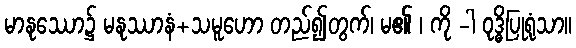
မာနုဿော၌ မနုဿာနံ+သမူဟော တည်၍တွက်၊ မ၏ ၊ ကို -ါ ဝုဒ္ဓိပြုရုံသာ။